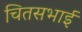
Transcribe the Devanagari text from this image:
चितसभाई